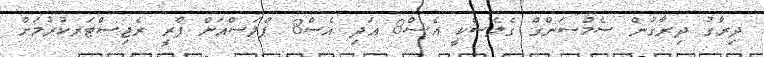
ދިރާގު ދިރާގުން ސެމްސަންގް ގެލެސްކީ އެސް8 އަދި އެސް8 ޕްލަސްއަށް ޕްރީ ރެޖިސްޓަރކުރުމަށް